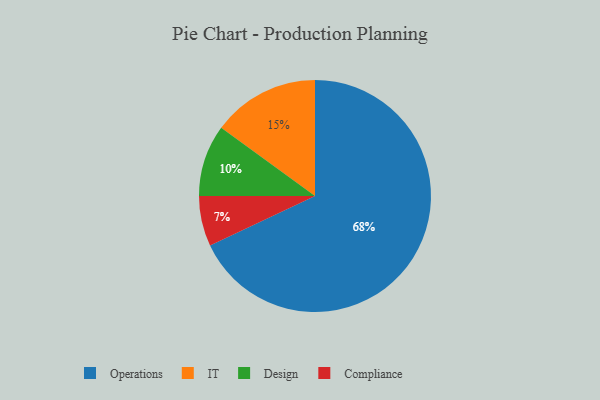
{"axis": {"x": "Category", "y": "Percentage"}, "legend": ["Compliance", "Design", "IT", "Operations"], "data": [{"x": "Operations", "y": 68, "type": "Operations"}, {"x": "IT", "y": 15, "type": "IT"}, {"x": "Compliance", "y": 7, "type": "Compliance"}, {"x": "Design", "y": 10, "type": "Design"}]}